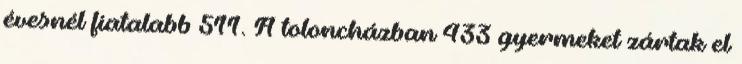
évesnél fiatalabb 511. A toloncházban 433 gyermeket zártak el